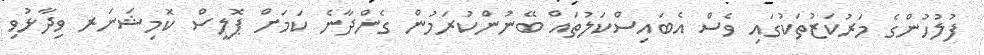
ފުލުހުންގެ މަރުކަޒުތަކުގައި ވެސް އެބައިސްކަލުތައް ބޭނުންކުރަމުން ގެންދާނެ ކަމަށް ޕޮލީސް ކޮމިޝަނަރ ވިދާޅުވި